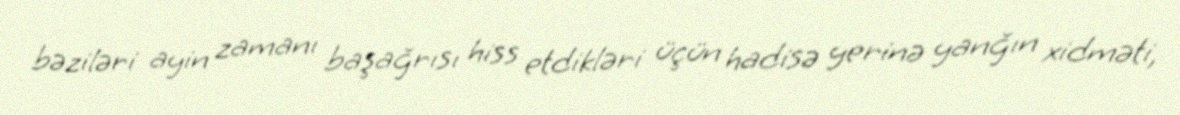
bəziləri ayin zamanı başağrısı hiss etdikləri üçün hadisə yerinə yanğın xidməti,